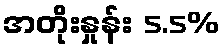
အတိုးနှုန်း 5.5%